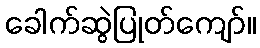
ခေါက်ဆွဲပြုတ်ကျော်။